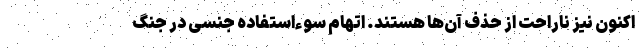
اکنون نیز ناراحت از حذف آن‌ها هستند. اتهام سوءاستفاده جنسی در جنگ